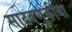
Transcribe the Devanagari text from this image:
साठवणुकीचा